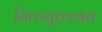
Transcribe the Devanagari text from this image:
नित्ययुक्ताश्रयः